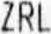
ZRL